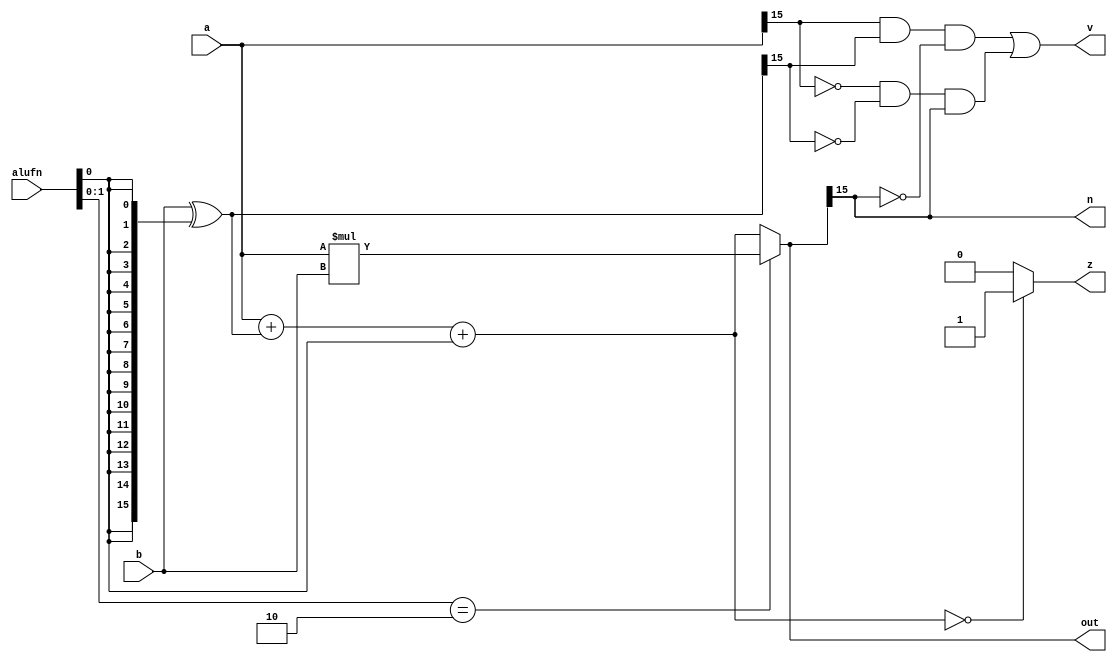
module adder16_5 (
    input [15:0] a,
    input [15:0] b,
    input [5:0] alufn,
    output reg [15:0] out,
    output reg z,
    output reg v,
    output reg n
  );
  
  
  
  reg [15:0] s;
  
  reg [15:0] xb;
  
  always @* begin
    s = 1'h0;
    z = 1'h0;
    xb = b ^ {5'h10{alufn[0+0-:1]}};
    s = a + xb + alufn[0+0-:1];
    if (s == 1'h0) begin
      z = 1'h1;
    end
    if (alufn[0+1-:2] == 2'h2) begin
      s = a * b;
    end
    out = s;
    v = (a[15+0-:1] && xb[15+0-:1] && !s[15+0-:1]) || (!a[15+0-:1] && !xb[15+0-:1] && s[15+0-:1]);
    n = s[15+0-:1];
  end
endmodule